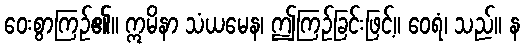
ဝေးစွာကြဉ်၏။ ဣမိနာ သံယမေန၊ ဤကြဉ်ခြင်းဖြင့်။ ဝေရံ၊ သည်။ န